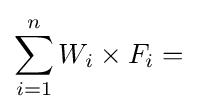
\sum _{i=1}^{n}W_{i}\times {F_{i}}=